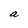
Character: a